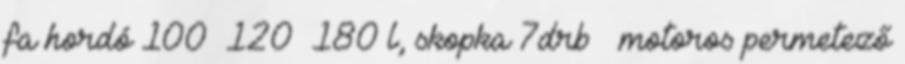
fa hordó 100 120 180 l, skopka 7drb motoros permetező